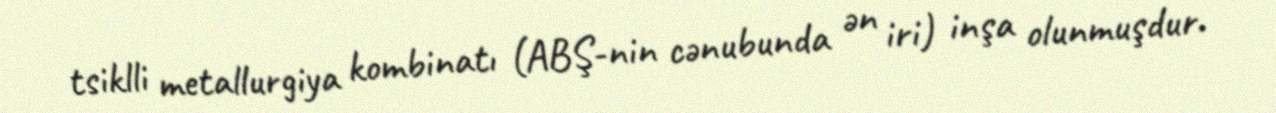
tsiklli metallurgiya kombinatı (ABŞ-nin cənubunda ən iri) inşa olunmuşdur.